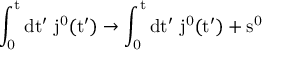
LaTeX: \mathrm { ~ \int _ { 0 } ^ { t } d t ^ { \prime } ~ j ^ { 0 } ( t ^ { \prime } ) \to \int _ { 0 } ^ { t } d t ^ { \prime } ~ j ^ { 0 } ( t ^ { \prime } ) + s ^ { 0 } ~ }